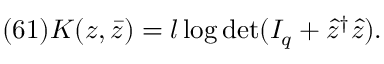
( 6 1 ) K ( z , \bar { z } ) = l \log \operatorname * { d e t } ( I _ { q } + \hat { z } ^ { \dagger } \hat { z } ) .